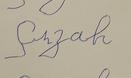
Signature authenticity: forged